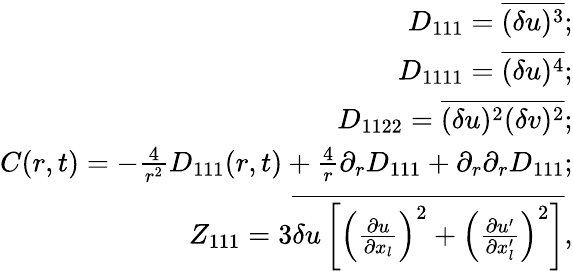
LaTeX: \begin{array}{r}{D_{111}=\overline{{(\delta u)^{3}}};}\\ {D_{1111}=\overline{{(\delta u)^{4}}};}\\ {D_{1122}=\overline{{(\delta u)^{2}(\delta v)^{2}}};}\\ {C(r,t)=-\frac{4}{r^{2}}D_{111}(r,t)+\frac{4}{r}\partial_{r}D_{111}+\partial_{r}\partial_{r}D_{111};}\\ {Z_{111}=3\overline{{\delta u\left[\left(\frac{\partial u}{\partial x_{l}}\right)^{2}+\left(\frac{\partial u^{\prime}}{\partial x_{l}^{\prime}}\right)^{2}\right]}},}\end{array}